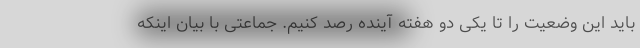
باید این وضعیت را تا یکی دو هفته آینده رصد کنیم. جماعتی با بیان اینکه